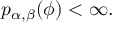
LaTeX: p _ { \alpha , \beta } ( \phi ) < \infty .